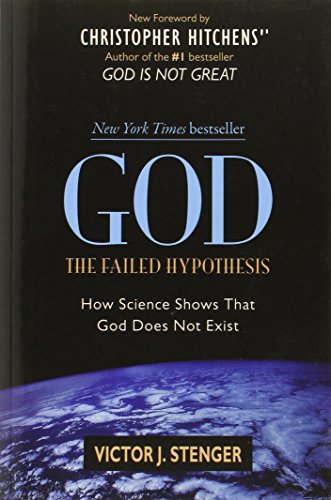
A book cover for God: The Failed Hypothesis. How Science Shows That God Does Not Exist; Victor J. Stenger; Religion & Spirituality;